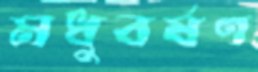
মধুবর্ষণ